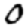
Digit: 0